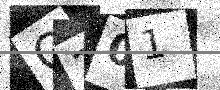
Text: O201